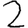
Digit: 2